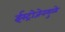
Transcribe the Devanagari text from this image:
ईस्ट्रोजेनमुळे